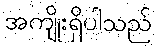
အကျိုးရှိပါသည်